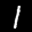
Label: 1